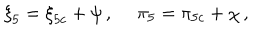
{ \xi } _ { 5 } = { \xi } _ { 5 c } + \psi \, , ~ ~ { \pi } _ { 5 } = { \pi } _ { 5 c } + \chi \, ,